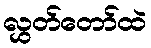
လွှတ်တော်ထဲ